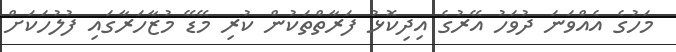
މަހުގެ އެއްވަނަ ދުވަހު އޭރުގެ އިދިކޮޅު ފަރާތްތަކުން ކުރި މޭޑޭ މުޒާހަރާގައި ފުލުހަކަށް